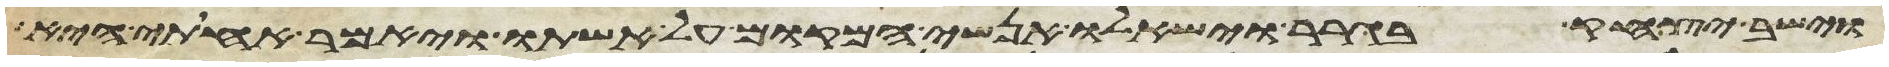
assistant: וישב יצחק בגרר וישאלו אנשי המקום על אשתו ויאמר אחותי היא